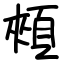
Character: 頰